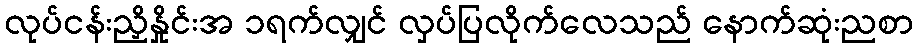
လုပ်ငန်းညှိနှိုင်းအ ၁ရက်လျှင် လှပ်ပြလိုက်လေသည် နောက်ဆုံးညစာ